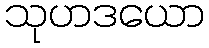
သုဟဒယော